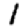
Digit: 1